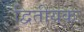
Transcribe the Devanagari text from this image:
द्वितीयकः